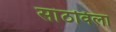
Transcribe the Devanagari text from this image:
सांठविला